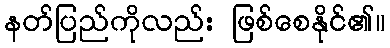
နတ်ပြည်ကိုလည်း ဖြစ်စေနိုင်၏။